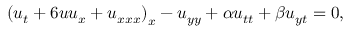
\begin{array} { r } { \left( u _ { t } + 6 u u _ { x } + u _ { x x x } \right) _ { x } - u _ { y y } + \alpha u _ { t t } + \beta u _ { y t } = 0 , } \end{array}